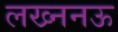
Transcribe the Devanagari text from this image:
लख्ननऊ